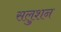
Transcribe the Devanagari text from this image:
सलुशन